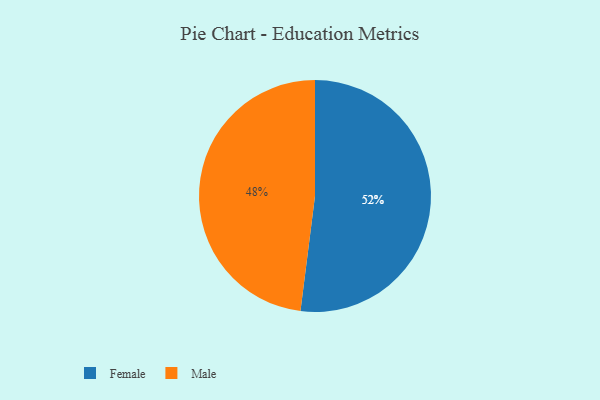
{"axis": {"x": "Category", "y": "Percentage"}, "legend": ["Female", "Male"], "data": [{"x": "Male", "y": 48, "type": "Male"}, {"x": "Female", "y": 52, "type": "Female"}]}